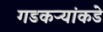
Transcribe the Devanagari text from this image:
गडकऱ्यांकडे